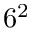
6 ^ { 2 }